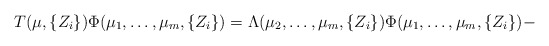
\begin{align*}T( \mu , \{ Z_i \} ) \Phi ( \mu_1 , \ldots , \mu_m, \{ Z_i \} ) =\Lambda ( \mu_2 , \ldots , \mu_m , \{ Z_i \} ) \Phi ( \mu_1, \ldots , \mu_m , \{ Z_i \} ) -\end{align*}